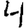
Digit: 4